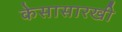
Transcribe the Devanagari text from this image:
केसासारखी